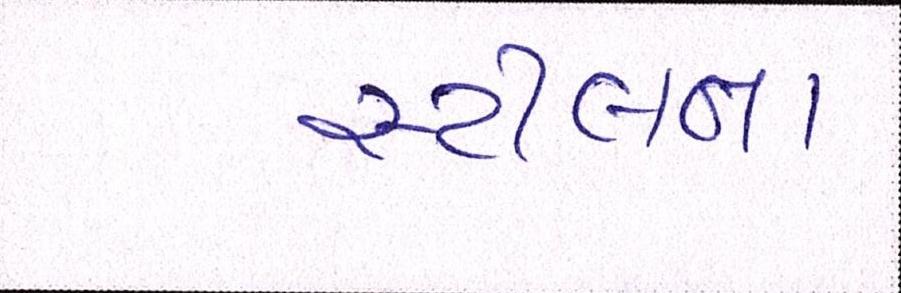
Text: સ્ટીલના